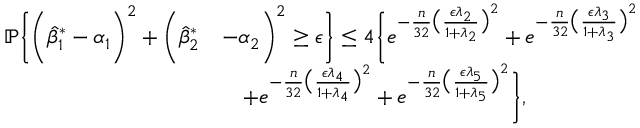
\begin{array} { r l } { \mathbb { P } \bigg \{ \bigg ( \hat { \beta } _ { 1 } ^ { * } - \alpha _ { 1 } \bigg ) ^ { 2 } + \bigg ( \hat { \beta } _ { 2 } ^ { * } } & { - \alpha _ { 2 } \bigg ) ^ { 2 } \geq \epsilon \bigg \} \leq 4 \bigg \{ e ^ { - \frac { n } { 3 2 } \big ( \frac { \epsilon \lambda _ { 2 } } { 1 + \lambda _ { 2 } } \big ) ^ { 2 } } + e ^ { - \frac { n } { 3 2 } \big ( \frac { \epsilon \lambda _ { 3 } } { 1 + \lambda _ { 3 } } \big ) ^ { 2 } } } \\ & { \quad + e ^ { - \frac { n } { 3 2 } \big ( \frac { \epsilon \lambda _ { 4 } } { 1 + \lambda _ { 4 } } \big ) ^ { 2 } } + e ^ { - \frac { n } { 3 2 } \big ( \frac { \epsilon \lambda _ { 5 } } { 1 + \lambda _ { 5 } } \big ) ^ { 2 } } \bigg \} , } \end{array}